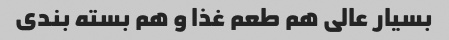
بسیار عالی هم طعم غذا و هم بسته بندی